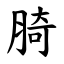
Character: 䐀